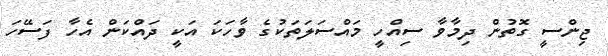
ޖިންސީ ގޮތުން ދިމާވާ ސިއްހީ މައްސަލަތަކުގެ ވާހަކަ އަކީ ދައްކަން އެހާ ފަސޭހަ